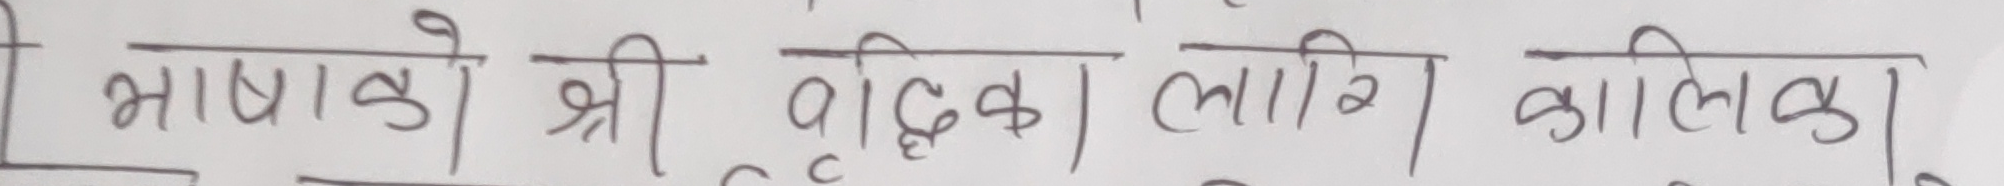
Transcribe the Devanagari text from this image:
भाषाको श्री वैदिक लानि कालिका